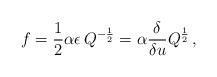
LaTeX: \begin{align*}f=\frac12\alpha\epsilon\, Q^{-\frac12}=\alpha\frac{\delta}{\delta u}Q^{\frac12}\,,\end{align*}